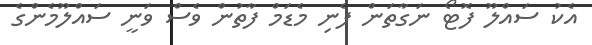
އެކު ސައްލޫ ފޮޓޯ ނަގާތަން ފެނި މެޑަމް ފާތުން ވެސް ވަނީ ސައްލޫމެންގެ